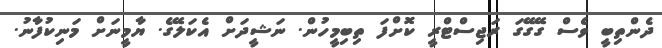
ދެންތިބީ ވެސް ގޭގޭގަ ރަޖިސްޓްރީ ކޮށްފަ ތިބިމީހުން. ނަޝީދަށް އެކަލޭގެ. ޔާމީނަށް މަނިކުފާނު.